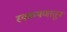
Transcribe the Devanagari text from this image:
स्वकथणातून